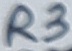
Text: R3